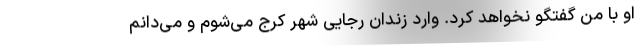
او با من گفتگو نخواهد کرد. وارد زندان رجایی شهر کرج می‌شوم و می‌دانم